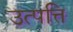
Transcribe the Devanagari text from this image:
उत्‍पत्ति